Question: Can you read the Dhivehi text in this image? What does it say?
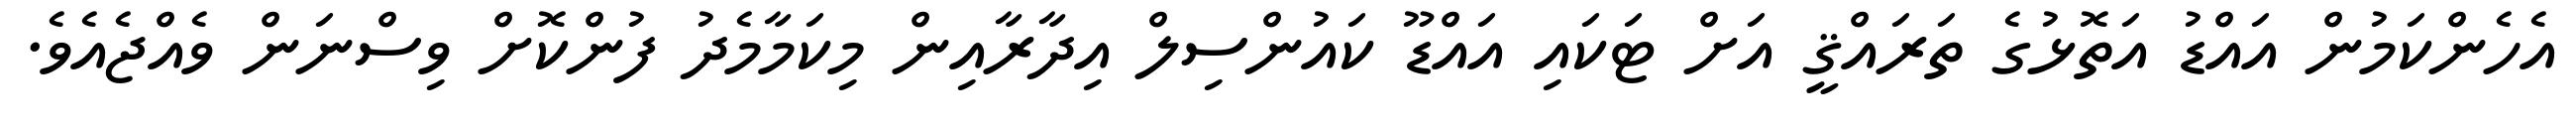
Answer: އެހެންކަމުން އައްޑު އަތޮޅުގެ ތަރައްޤީ އަށް ޓަކައި އައްޑޫ ކައުންސިލް އިދާރާއިން މިކަމާމެދު ފުންކޮށް ވިސްނަން ވެއްޖެއެވެ.